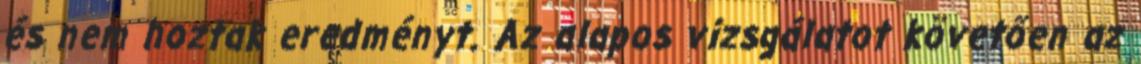
és nem hoztak eredményt. Az alapos vizsgálatot követően az